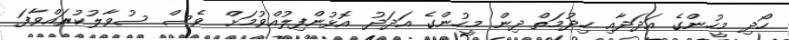
ހޯދި މީހުންގެ އަދަދާއި ހިދުމަތް ދިން މީހުންގެ އަދަދު އޮޅުންފިލުއްވުމަށް ވެސް ސުވާލުކުރައްވާފަ